Vital statistics of India. Vol. VI, European troops 1870-79
Year: 1870
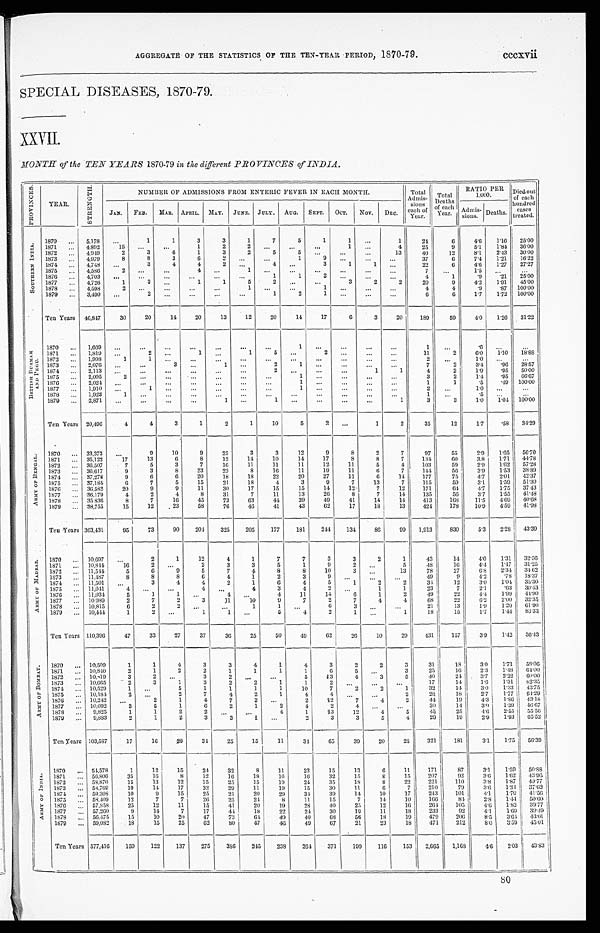
AGGREGATE OF THE STATISTICS OF THE TEN-YEAR PERIOD, 1870-79.
cccxvii
SPECIAL DISEASES, 1870-79.
XXVII.
MONTH of the TEN YEARS 1870-79 in the different PROVINCES of INDIA.
PROVI NCES.
YEAR.
S T R E N G T H .
.
NUMBER OF ADMISSIONS FROM ENTERIC FEVER IN EACH MONTH.
Total
Admis.
sions
each of
Year.
Total
D e a t h s
o f e a c h
Year.
RATIO PER
1,000.
Died out
of each
hundred cases treated.
JAN. FEB. MAR. APRIL. MAY. JUNE. JULY.AUG. SEPT. OCT. NOV. DEC.
A d m i s .
s i o n s . Deaths.
S O U T H E R N I N D I A .
1870 ... 5,178 ...
1
1
3
3
1
7
5
1
1 ...
1
24
6
4.6
1.16 25.00
1871 ... 4,892
1 5 ...
...
1
2
2
. . . ...
...
1 ...
4
25
9
5 . 1
1.84 36.00
1872 ... 4,949
2
3
6
1
3
2
5 5
. . . ...
. . .
13
40
12
8 . 1
2.43
30.00
1873 ... 4,979
8
8
3
6
2
. . . ...
1
9 . . .
...
...
37
6
7.4
1.21
16.22
1874 ... 4,748 ...
3
4
4
2
. . .
4
. . . 3
1
1 ...
22
6
4.6
1.27
27.27
1875 ... 4,586 2
... ...
4
. . .
1 ...
...
...
...
...
...
7
. . . 1 . 5
. . .
. . .
1876 ... 4,703 ...
...
...
...
...
...
1
1
2
. . . ...
...
4
1
.9 .21 25.00
1877 ... 4, 726
1
3
. . .
1
1
5
2 . . .
...
3
2
2
20
9
4.2
1.91 45.00
1878 ... 4,598
2
... ...
...
...
1 ...
...
1 ...
...
...
4
4
.9
.87 100.00
1879 ... 3,490 ...
2
. . .
. . .
...
...
1
2
1
. . . ...
. . .
6
6
1.7
1.72 100.00
Ten Years 46,847
30
20
14
20
13
12
20
14
17
6
3
20
189
59
4.0 1.26
31.22
B R I T I S H B U R M A H
A N D P E G U .
1870 ... 1,669 ...
. . . ...
...
...
...
...
1 ...
...
...
...
1
...
.6
. . .
. . .
1871 ... 1,819
. . .
2 ...
1 ...
1
5 ...
2
. . .
. . .
. . .
11
2
6.0 1.10 18.88
1872 ... 1,998
1
1 ...
...
...
...
. . . ...
...
...
...
...
2
. . .
1.0
...
. . .
1873 ... 2,076
. . .
...
3 ...
1 ...
2
1 ...
...
...
...
7
2
3.4
.96 28.57
1874 ... 2,113 ...
...
...
...
...
...
2 ...
...
. . .
1
1
4
2
1.9
.95 50.00
1875 ... 2,095
2
...
...
. . .
...
...
... 1
. . . ...
...
. . .
3
2
1.4
.95 66.67
1876 ... 2,024
. . .
...
. . .
...
. . .
...
... 1
. . . ...
. . .
. . .
1
1
.5
.49 100.00
1877 ... 1,910
...
1 ...
...
...
. . . ...
1
. . . ...
...
...
2
...
1.0
...
...
1878 ... 1,923
1 ...
. . .
. . .
. . .
...
. . .
. . .
. . .
...
...
. . .
1...
. 5
. . .
. . .
1879 ... 2,871 ...
...
. . .
...
1 ...
1 ...
...
. . . ...
1
3
3
1.0
1.04 100.00
Ten Years 20,496
4
4
3
1
2
1
10
5
2 . . .
1
2
35
12
1.7
.58 34.29
A R M Y O F B E N G A L .
1870
...
33,373
. . .
9
10
9
25
3
3
12
9
8
2
7
97
55
2.9
1.65 56.70
1871 ... 35,122
17
13
6
8
12
14
10
14
17
8
8
7
134
60
3.8
1.71 44.78
1872 ... 36,507
7
5
3
7
16
11
11
11
12
11
5
4
103
59
2.9
1.62
57.28
1873 ... 36,617
9 3
8
23
23
8
16
11
19
11
6 7
144
56
3.9
1.53
38.89
1874 ... 37,278
9
6
6
20
18
18
22
20
27
11
6
14
177
75
4.7
2.01 42.37
1875 ... 37,184
6
7
5
15
21
18
4
3
9
7
13
7
115
59
3.1
1.59 51.30
1876 ... 36,582
20
9
9
11
30
17
15
15
14
12
7
12
171
64
4.7
1.75 37 43
1877 ... 36,179
4
2
4
8
31
7
11
13
26
8
7
14
135
56
3.7
1.55 41.48
1878 ... 35,836
8
7
16
45
73
63
4 4
39
49
41
14
14
413
168
11.5
4.69 40.68
1879 ... 38,755
15
12
23
58
76
46
41
43
62
17
18
13
424
178
10.9
4.59 41.98
Ten Years 363,431
95
73
90
204
325
205
177
181
244 134
86
99 1,913
830
5.3
2.28 43.39
A R M Y O F M A D R A S .
1870 ... 10,697 ...
2
1
12
4
1
7
7
3
3
2
1
43
14
4 . 0
1.31 32.56
1871 ... 10,844
16
2
. . .
2
3
3
5
1
9
2
. . .
5
48
16
4.4
1.47 31.25
1872 ... 11,544
5
6
9
5
7
4
8
8
10
3
. . . 13
78
27
6.8
2.34 34.62
1873 ... 11,487
8
8
8
6
4
1
2
3
9
. . .
...
. . .
49
9
4.2
.78 18.37
1874 ... 11,501 ...
3
4
4
2
1
6
4
5
1
2
2
34
12
3.0
1.04 35.30
1875 ... 11,041
4
. . .
. . .
4 ...
4
3
4
2 ...
1
1
23
7
2.1
.63 30.43
1876 ... 11,034
5
1
1 ...
4
. . .
4
11
14
6
1
2
49
22
4.4
1.99 44.90
1877 ... 10,989
2
7
2
3
11
10
9
7
2
7
4
4
6 8 22
6.2
2.00 32.35
1878 ... 10,815
6
2
2
. . .
...
1
1
. . .
6
3
. . . ...
21
13
1.9
1.20 61.90
1879 ... 10,444
1
2
. . .
1
1 ...
5
4
2
1
. . .
1
18
15
1.7
1.44 83.33
Ten Years 110,396
47
33
27
37
36
25
50
49
62
26
10
29
431
157
3.9
1.42 36.43
A R M Y O F B O M B A Y .
1870 ... 10,509
1
1
4
3
3
4
1
4
3
2
2
3
31
1 8
3.0 1.71 58.06
1871 ... 10,840
2
1
2
2
1
1
1
1
6
5 ...
3
25
16
2 . 3
1.48 64.00
1872 ... 10,819
3
2
. . .
3 2
. . . ...
5
13
4
3
5
40
24
3.7 2.22
6 0 . 0 0
1873 ... 10,665
2
3
1
3
2
2
1
1
2
. . .
. . . ...
17
14
1.6 1.31 82.35
1874 ... 10,529
1 ...
5
1
1
1
1
10
7
2
2
1
32
14
3.0 1.33 43.75
1875 ... 10,184
2
...
2
7
4
2
1
4
4 . . .
. . . 2
28
18
2.7 1.77 64.29
1876 ... 10,242 ...
2
1
4
7
3
. . .
2
1 2
7
4
2
44
19
4.3 1.86 43.18
1877
. . . 10,092
3
5
1
6
2
1
2
4
2
4 ...
. . .
30
14
3.0 1.39 46.67
1878 ... 9,825
1
1
2
2
. . .
. . .
4
1
13
12 4
5
45
25
4 . 6 2.55 55.56
1879 ... 9,883
2
1
2
3
3
1 ...
2
3
3
5
4
29
19
2.9 1.93
6 5 . 5 2
Ten Years 103,587
17
16
20
34
25
15
11
3 4
65
39
20
25
321
181
3.1 1.75 56.39
A R M Y O F I N D I A .
1870 ... 54,578
1
12
15
24
32
8
11
23
15
13
6
11
171
87
3.1 1.59 50.88
1871 ... 56,806
35
16
8
12
16
18
16
16
32
15
8
15
207
92
3.6 1.62 43.96
1872 ... 58,870
15
13
12
15
25
15
19
24
35
18
8
2 2
221
110
3.8 1.87 49.77
1873 ... 58,769
19
14
17
32
29
11
19
15
30
11
6
7
210
79
3.6 1.34 37.62
1874 ... 59,308
10
9
15
25
21
20
29
34
39
14
10
17
243
101
4.1
1.70 41.56
1875
. . . 58,409
12
7
7
26
25
24
8
11
15
7
14
10
166
84
2.8 1.44 50.60
1876
. . . 57,858
25
12
11
15
4 1 20
19
28
40
25
12
16
264
105
4.6 1.82 39.77
1877 ... 57,260
9
14
7
17
44
18
22
24
30
19
11
18
233
92
4.1
1.60 39.49
1878
. . . 56,475
15
10
20
47
73
64
49
40
6 8
56
18
19
479
206
8.5 3.64 43.01
1879
. . . 59,082
18
15
25
62
80
47
46
49
67
21
23
18
471
212
8.0 3.59 45.01
Ten Years 577,416
159
122
137
275
386
245
238
264
371
199
116
153 2,665 1,168
4.6
2 . 0 3
43.83
80